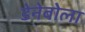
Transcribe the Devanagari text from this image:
डेनेबोला